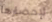
لإحضارها